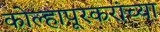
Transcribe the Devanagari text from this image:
कोल्हापूरकरांच्या